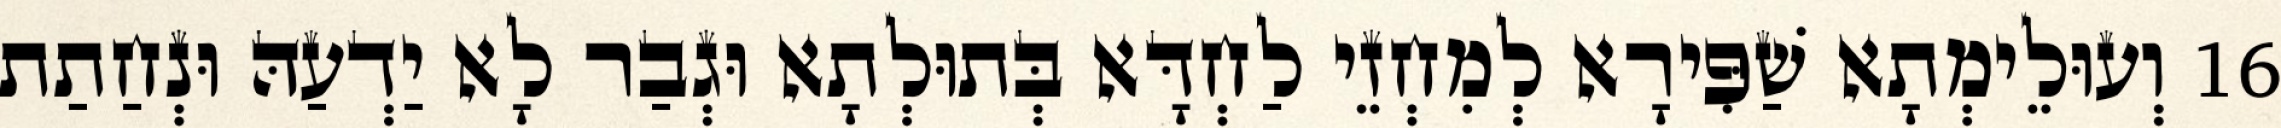
16 וְעוּלֵימְתָא שַׁפִּירָא לְמִחְזֵי לַחְדָּא בְּתוּלְתָא וּגְבַר לָא יַדְעַהּ וּנְחַתַת